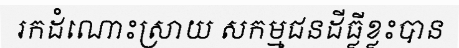
រកដំណោះស្រាយ សកម្មជនដីធ្លីខ្លះបាន